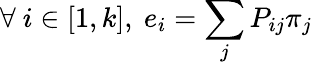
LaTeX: \forall~i\in[1,k],~e_{i}=\sum_{j}P_{ij}\pi_{j}